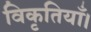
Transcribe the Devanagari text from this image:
विकृतियाँ।